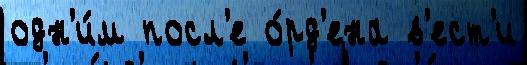
одн'и́м посл'е о́рд'ена в'ест'и